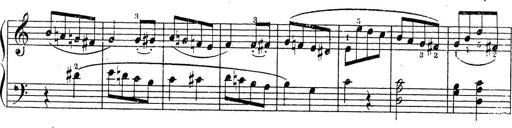
Title: 10 Sonatinas
Composer: Fritz Spindler